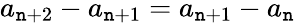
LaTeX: a_{\mathtt{n}+2}-a_{\mathtt{n}+1}=a_{\mathtt{n}+1}-a_{\mathtt{n}}